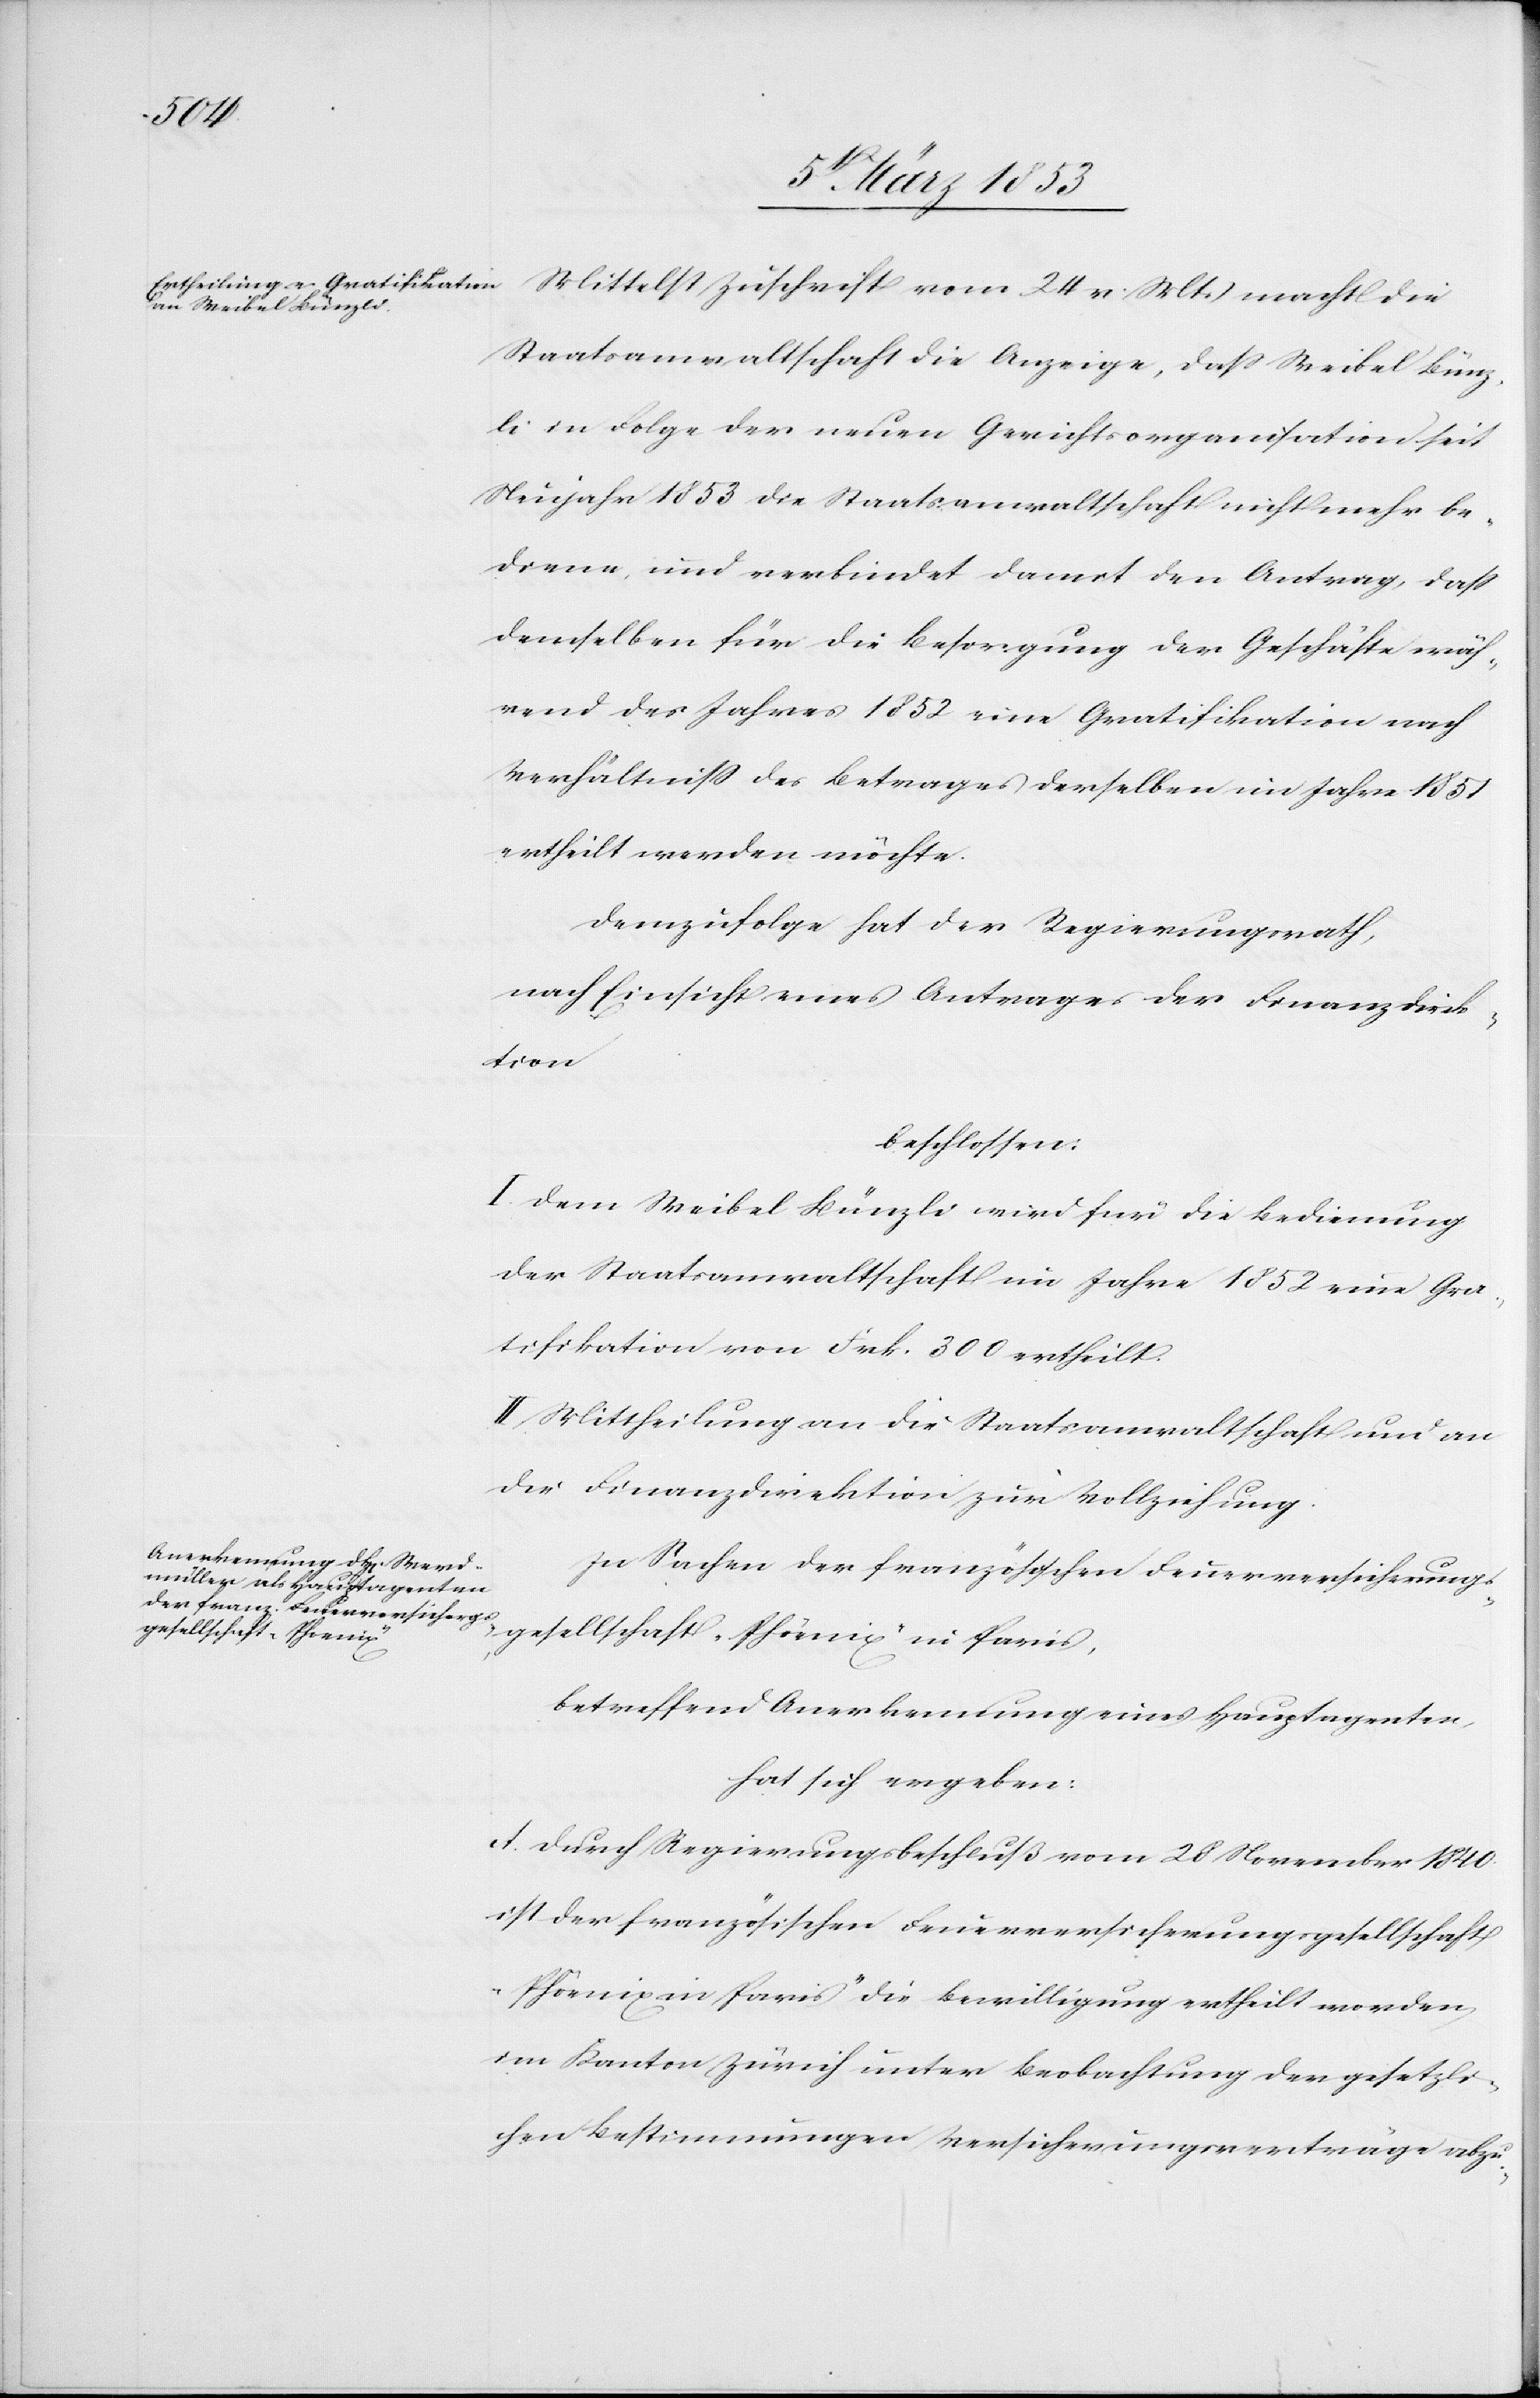
Mittelst Zuschrift vom 24 v. Mts. macht die
Staatsanwaltschaft die Anzeige, daß Weibel Bünz¬
li in Folge der neuen Gerichtsorganisation seit
Neujahr 1853 die Staatsanwaltschaft nicht mehr be¬
diene, und verbindet damit den Antrag, daß
demselben für die Besorgung der Geschäfte wäh¬
rend des Jahres 1852 eine Qualifikation nach
Verhältniß des Betrages derselben im Jahre 1851
ertheilt werden möchte.
Demzufolge hat der Regierungsrath,
nach Einsicht eines Antrages der Finanzdirek¬
tion
beschlossen:
I. Dem Weibel Bünzli wird für die Bedienung
der Staatsanwaltschaft im Jahre 1852 eine Gra¬
tifikation von Frk. 300 ertheilt.
II. Mittheilung an die Staatsanwaltschaft und an
die Finanzdirektion zur Vollziehung.
In Sachen der französischen Feuerversicherungs¬
gesellschaft „Phönix“ in Paris.
betreffend Anerkennung eines Hauptagenten,
hat sich ergeben:
Durch Regierungsbeschluß vom 28 November 1840
ist der französischen Feuerversicherungsgesellschaft
„Phönix in Paris“ die Bewilligung ertheilt worden
im Kanton Zürich unter Beobachtung der gesetzli¬
chen Bestimmungen Versicherungsverträge abzu-